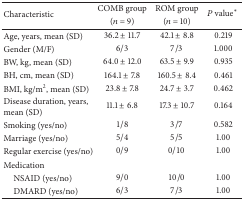
<table><thead><tr><td rowspan="2"><b>Characteristic</b></td><td><b>COMB group</b></td><td><b>ROM group</b></td><td rowspan="2"><b><i>P</i> value∗</b></td></tr><tr><td><b>(<i>n</i> = 9)</b></td><td><b>(<i>n</i> = 10)</b></td></tr></thead><tbody><tr><td>Age, years, mean (SD)</td><td>36.2 ± 11.7</td><td>42.1 ± 8.8</td><td>0.219</td></tr><tr><td>Gender (M/F)</td><td>6/3</td><td>7/3</td><td>1.000</td></tr><tr><td>BW, kg, mean (SD)</td><td>64.0 ± 12.0</td><td>63.5 ± 9.9</td><td>0.935</td></tr><tr><td>BH, cm, mean (SD)</td><td>164.1 ± 7.8</td><td>160.5 ± 8.4</td><td>0.461</td></tr><tr><td>BMI, kg/m<sup>2</sup>, mean (SD)</td><td>23.8 ± 7.8</td><td>24.7 ± 3.7</td><td>0.462</td></tr><tr><td>Disease duration, years, mean (SD)</td><td>11.1 ± 6.8</td><td>17.3 ± 10.7</td><td>0.164</td></tr><tr><td>Smoking (yes/no)</td><td>1/8</td><td>3/7</td><td>0.582</td></tr><tr><td>Marriage (yes/no)</td><td>5/4</td><td>5/5</td><td>1.00</td></tr><tr><td>Regular exercise (yes/no)</td><td>0/9</td><td>0/10</td><td>1.00</td></tr><tr><td>Medication</td><td> </td><td> </td><td> </td></tr><tr><td> NSAID (yes/no)</td><td>9/0</td><td>10/0</td><td>1.00</td></tr><tr><td> DMARD (yes/no)</td><td>6/3</td><td>7/3</td><td>1.00</td></tr></tbody></table>